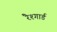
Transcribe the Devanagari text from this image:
रैश्गार्ड